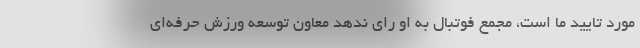
مورد تایید ما است، مجمع فوتبال به او رای ندهد معاون توسعه ورزش حرفه‌ای